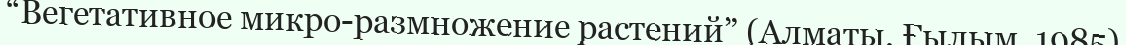
“Вегетативное микро­размножение растений” (Алматы, Ғылым, 1985)